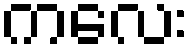
ကလေး